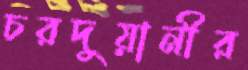
চরদুয়ানীর